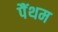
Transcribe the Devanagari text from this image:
पैंथम